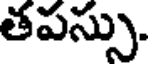
తపస్సు.